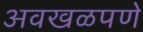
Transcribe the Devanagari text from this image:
अवखळपणे